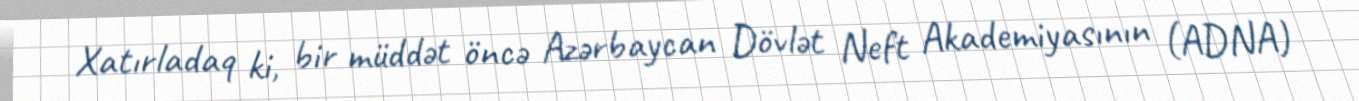
Xatırladaq ki, bir müddət öncə Azərbaycan Dövlət Neft Akademiyasının (ADNA)